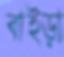
বাইড়া